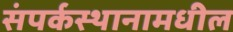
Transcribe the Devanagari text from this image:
संपर्कस्थानामधील